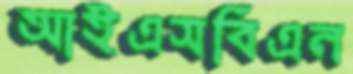
আইএসবিএন